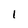
Character: 1